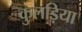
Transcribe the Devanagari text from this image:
कुलड़िया